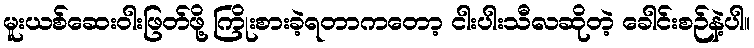
မူးယစ်ဆေးဝါးဖြတ်ဖို့ ကြိုးစားခဲ့ရတာကတော့ ငါးပါးသီလဆိုတဲ့ ခေါင်းစဉ်နဲ့ပါ။